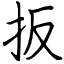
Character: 扳